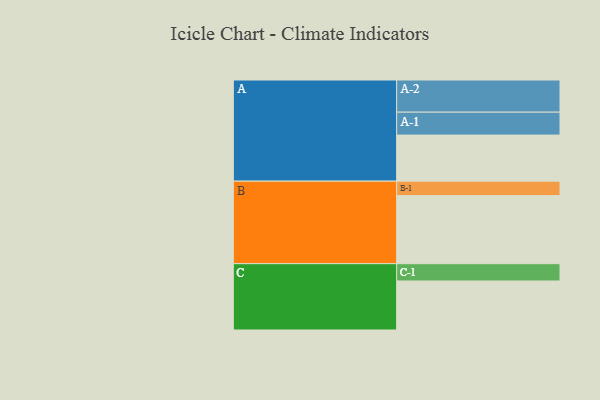
{"axis": {"x": "Segment", "y": "Value"}, "legend": ["", "A", "B", "C"], "data": [{"x": "A", "y": 341, "type": ""}, {"x": "B", "y": 504, "type": ""}, {"x": "C", "y": 363, "type": ""}, {"x": "A-1", "y": 170, "type": "A"}, {"x": "A-2", "y": 238, "type": "A"}, {"x": "B-1", "y": 107, "type": "B"}, {"x": "C-1", "y": 128, "type": "C"}]}